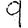
Digit: 9